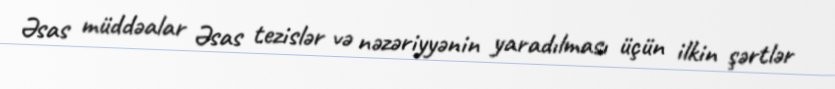
Əsas müddəalar Əsas tezislər və nəzəriyyənin yaradılması üçün ilkin şərtlər